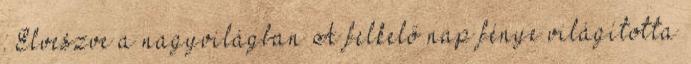
: Elveszve a nagyvilágban A felkelő nap fénye világította